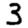
Digit: 3